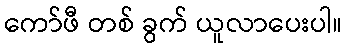
ကော်ဖီ တစ် ခွက် ယူလာပေးပါ။